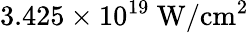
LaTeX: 3.425\times 10^{19}\ \mathrm{W/cm^{2}}